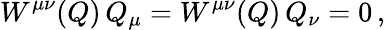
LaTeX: W^{\mu\nu}(Q)\, Q_{\mu}=W^{\mu\nu}(Q)\, Q_{\nu}=0\, ,